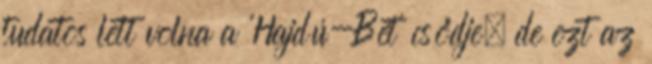
tudatos lett volna a 'Hajdú-Bét' csődje, de ezt az